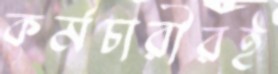
কর্মচারীরই